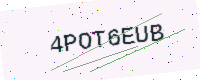
Text: 4POT6EUB